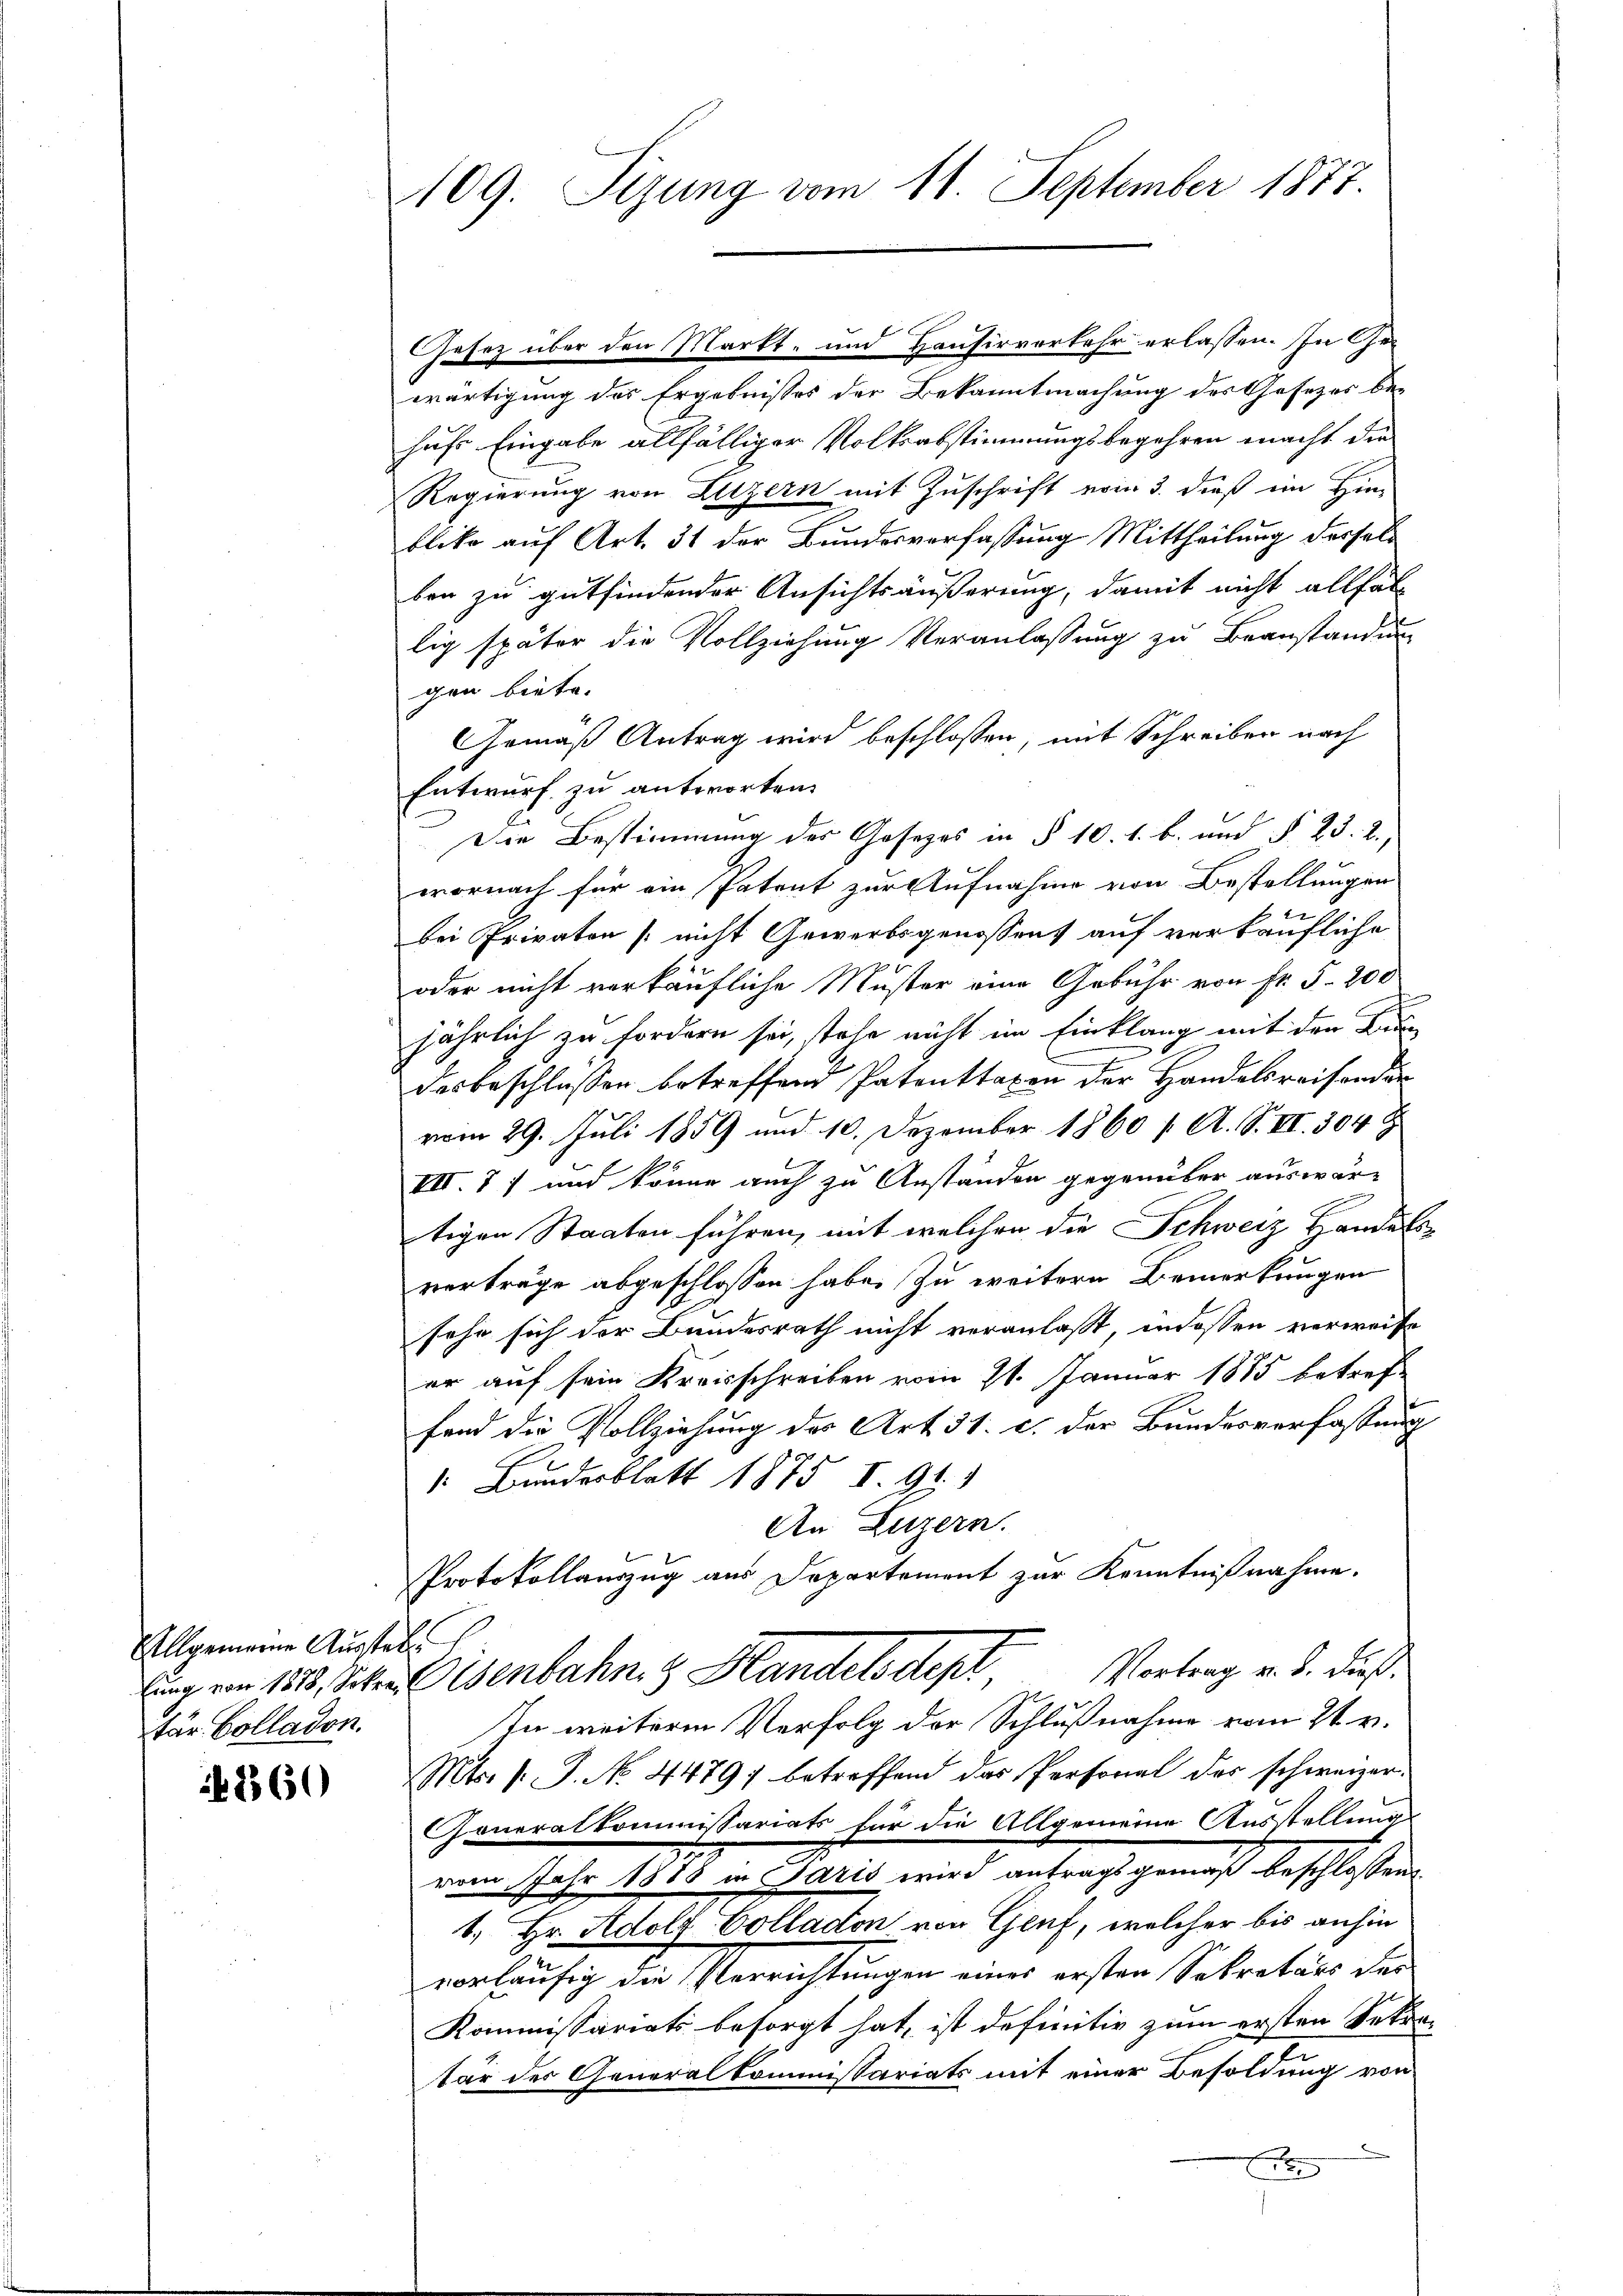
Allgemeine Ausstel
tar Colladon.

if. 2560

109. Sizung vom 11. September 1877

Gesez über den Markt- und Hausirverkehr erlassen. In Gewärtigung des Ergebnisses der Bekanntmachung des Gesezes behufs Eingabe allfälliger Volksabstimmungsbegehren macht die
Regierung von Luzern mit Zuschrift vom 3. dieß im Hin-
blicke auf Art. 31 der Bundesverfassung Mittheilung derselb
ben zu gutfindender Ansichtsäußerung, damit nicht allfällig später die Vollziehung Veranlassung zu Beanstandung
gen biete.
Gemäß Antrag wird beschlossen, mit Schreiben nach
Entwurf zu antworten.
Die Bestimmung des Gesetzes in § 10. 1. b. und § 23. 2.,
wornach für ein Patent zur Aufnahme von Bestellungen
bei Privaten (nicht Gewerbsgenossens auf verkäufliche
oder nicht verkäufliche Muster eine Gebühr von Fr. 5. 200
jährlich zu fordern sei, stehe nicht im Einklang mit den Bed
desbeschlossen betreffend Patenttaxen der Handelsreisender
vom 29. Juli 1859 und 10. Dezember 1860 / A. S. VI. 304
VII. 7) und könne auch zu Anständen gegenüber auswär-
tigen Staaten führen, mit welchen die Schweiz Handels-
verträge abgeschlossen habe. Zu weitern Bemerkungen
sehe sich der Bundesrath nicht veranlaßt, indessen verweise
er auf sein Kreisschreiben vom 21. Januar 1875 betref-
fend die Vollziehung des Art. 31. c. der Bundesverfassung
1. Bundesblatt 1875 I. 91. 1
An Luzern.
Protokollauszug aus Departement zur Kenntnißnahme.
Vortrag v. B. dieß.
lung von 1828, Scher Eisenbahn, 3 Handels depl,
In weitere Verfolg der Schlußnahme vom 21. v.
Mts. s. No. 4479) betreffend das Personal des schweizer¬
Generalkommissariats für die Allgemeine Ausstellungs
vom Jahr 1888 in Paris wird antragsgemäß beschlossen
1. Hr. Adolf Colladon von Genf, welcher bis anhin
vorläufig die Verrichtungen eines ersten Sekretärs der
Kommissariats besorgt hat, ist definitiv zum ersten Sekre
tär der Generalkommissariats mit einer Besoldung von
x